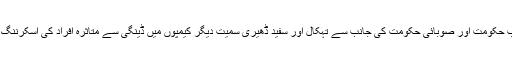
پشاورمیں پنجاب حکومت اور صوبائی حکومت کی جانب سے تہکال اور سفید ڈھیری سمیت دیگر کیمپوں میں ڈینگی سے متاثرہ افراد کی اسکرننگ کی جارہی ہے۔